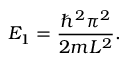
E _ { 1 } = { \frac { \hbar ^ { 2 } \pi ^ { 2 } } { 2 m L ^ { 2 } } } .